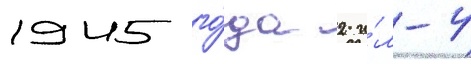
1945 го́да 2 и́л-4